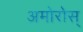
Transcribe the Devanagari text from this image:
अमोरोस्